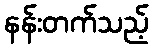
နန်းတက်သည့်